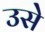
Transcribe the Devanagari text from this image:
उसेेेे